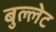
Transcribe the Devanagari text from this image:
बुल्लेट